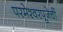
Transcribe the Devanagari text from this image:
परमेश्वरपूजेचीं